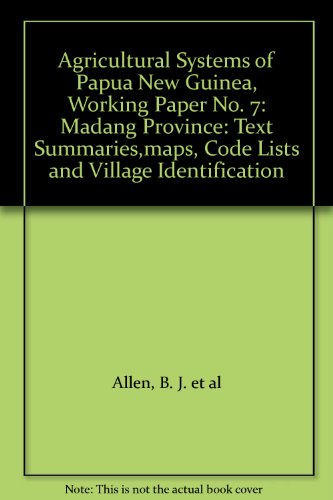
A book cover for Agricultural Systems of Papua New Guinea, Working Paper No. 7: Madang Province: Text Summaries,maps, Code Lists and Village Identification; B. J. et al Allen; Travel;